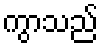
ကွာသည်